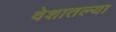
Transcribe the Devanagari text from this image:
वेशातल्या